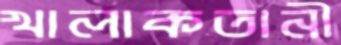
খালাকতানী